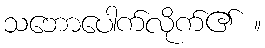
သဘောပေါက်လိုက်၏ ။